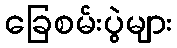
ခြေစမ်းပွဲများ